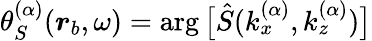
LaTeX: \theta_{S}^{(\alpha)}(\boldsymbol{r}_{b},\omega)=\arg\big[\hat{S}(k_{x}^{(\alpha)},k_{z}^{(\alpha)})\big]